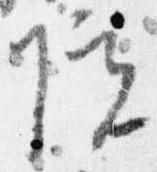
院